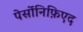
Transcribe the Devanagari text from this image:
पेर्सोनिफ़िएद